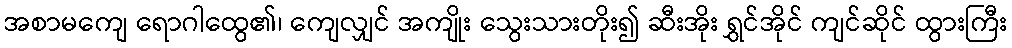
အစာမကျေ ရောဂါထွေ၏၊ ကျေလျှင် အကျိုး သွေးသားတိုး၍ ဆီးအိုး ရွှင်အိုင် ကျင်ဆိုင် ထွားကြီး